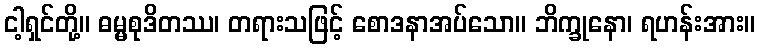
ငါ့ရှင်တို့။ ဓမ္မစုဒိတဿ၊ တရားသဖြင့် စောဒနာအပ်သော။ ဘိက္ခုနော၊ ရဟန်းအား။